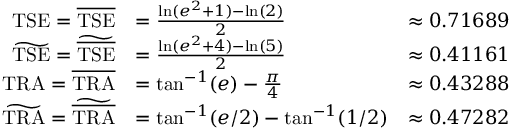
\begin{array} { r l r } { \mathrm { T S E } = \overline { { \mathrm { T S E } } } } & { = \frac { \ln ( e ^ { 2 } + 1 ) - \ln ( 2 ) } { 2 } } & { \approx 0 . 7 1 6 8 9 } \\ { \widetilde { \mathrm { T S E } } = \widetilde { \overline { { \mathrm { T S E } } } } } & { = \frac { \ln ( e ^ { 2 } + 4 ) - \ln ( 5 ) } { 2 } } & { \approx 0 . 4 1 1 6 1 } \\ { \mathrm { T R A } = \overline { { \mathrm { T R A } } } } & { = \tan ^ { - 1 } ( e ) - \frac { \pi } { 4 } } & { \approx 0 . 4 3 2 8 8 } \\ { \widetilde { \mathrm { T R A } } = \widetilde { \overline { { \mathrm { T R A } } } } } & { = \tan ^ { - 1 } ( e / 2 ) - \tan ^ { - 1 } ( 1 / 2 ) } & { \approx 0 . 4 7 2 8 2 } \end{array}